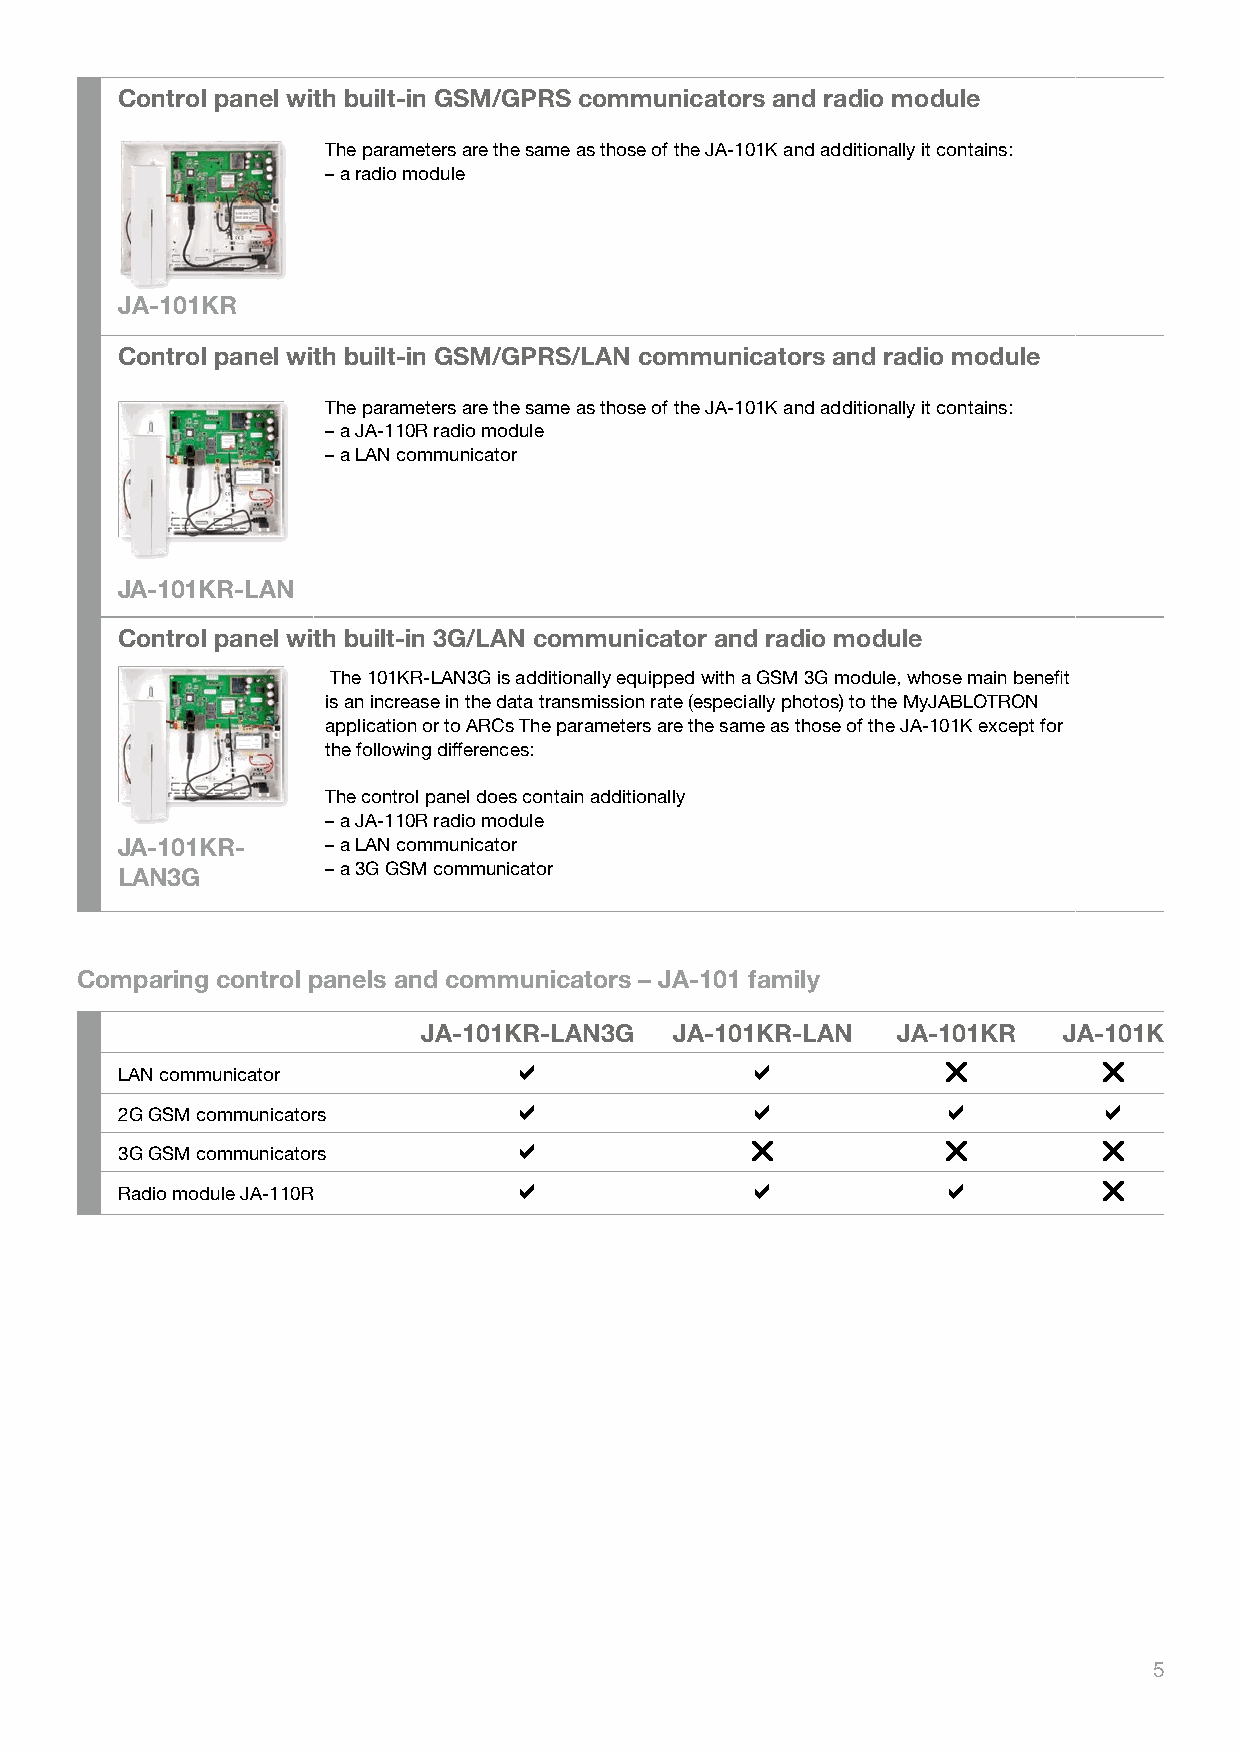
Control panel with built-in GSM/GPRS communicators and radio module
 The parameters are the same as those of the JA-101K and additionally it contains:
 – a radio module
 JA-101KR
 Control panel with built-in GSM/GPRS/LAN communicators and radio module
 The parameters are the same as those of the JA-101K and additionally it contains:
 – a JA-110R radio module
 – a LAN communicator
 JA-101KR-LAN
 Control panel with built-in 3G/LAN communicator and radio module
 The 101KR-LAN3G is additionally equipped with a GSM 3G module, whose main benefit
 is an increase in the data transmission rate (especially photos) to the MyJABLOTRON
 application or to ARCs The parameters are the same as those of the JA-101K except for
 the following differences:
 The control panel does contain additionally
 – a JA-110R radio module
 JA-101KR-     – a LAN communicator
 – a 3G GSM communicator
 LAN3G
 Comparing control panels and communicators – JA-101 family
 JA-101KR-LAN3G   JA-101KR-LAN  JA-101KR   JA-101K
                                     
 LAN communicator
                                     
 2G GSM communicators
                                     
 3G GSM communicators
                                     
 Radio module JA-110R
 5